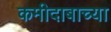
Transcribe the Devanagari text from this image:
कमीदाबाच्या